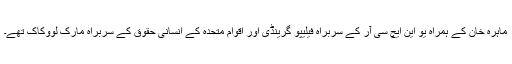
ماہرہ خان کے ہمراہ یو این ایچ سی آر کے سربراہ فیلیپو گرینڈی اور اقوام متحدہ کے انسانی حقوق کے سربراہ مارک لووکاک تھے۔